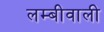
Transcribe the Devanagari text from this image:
लम्बीवाली